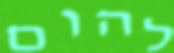
להום